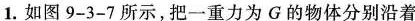
1.如图9-3-7所示，把一重力为G的物体分别沿着